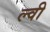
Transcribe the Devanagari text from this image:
ल्वी